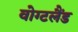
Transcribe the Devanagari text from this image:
वोग्टलैंड